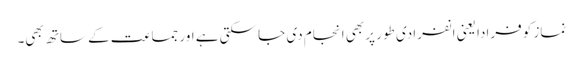
نماز کو فرادا یعنی انفرادی طور پر بھی انجام دی جا سکتی ہے اور جماعت کے ساتھ بھی۔